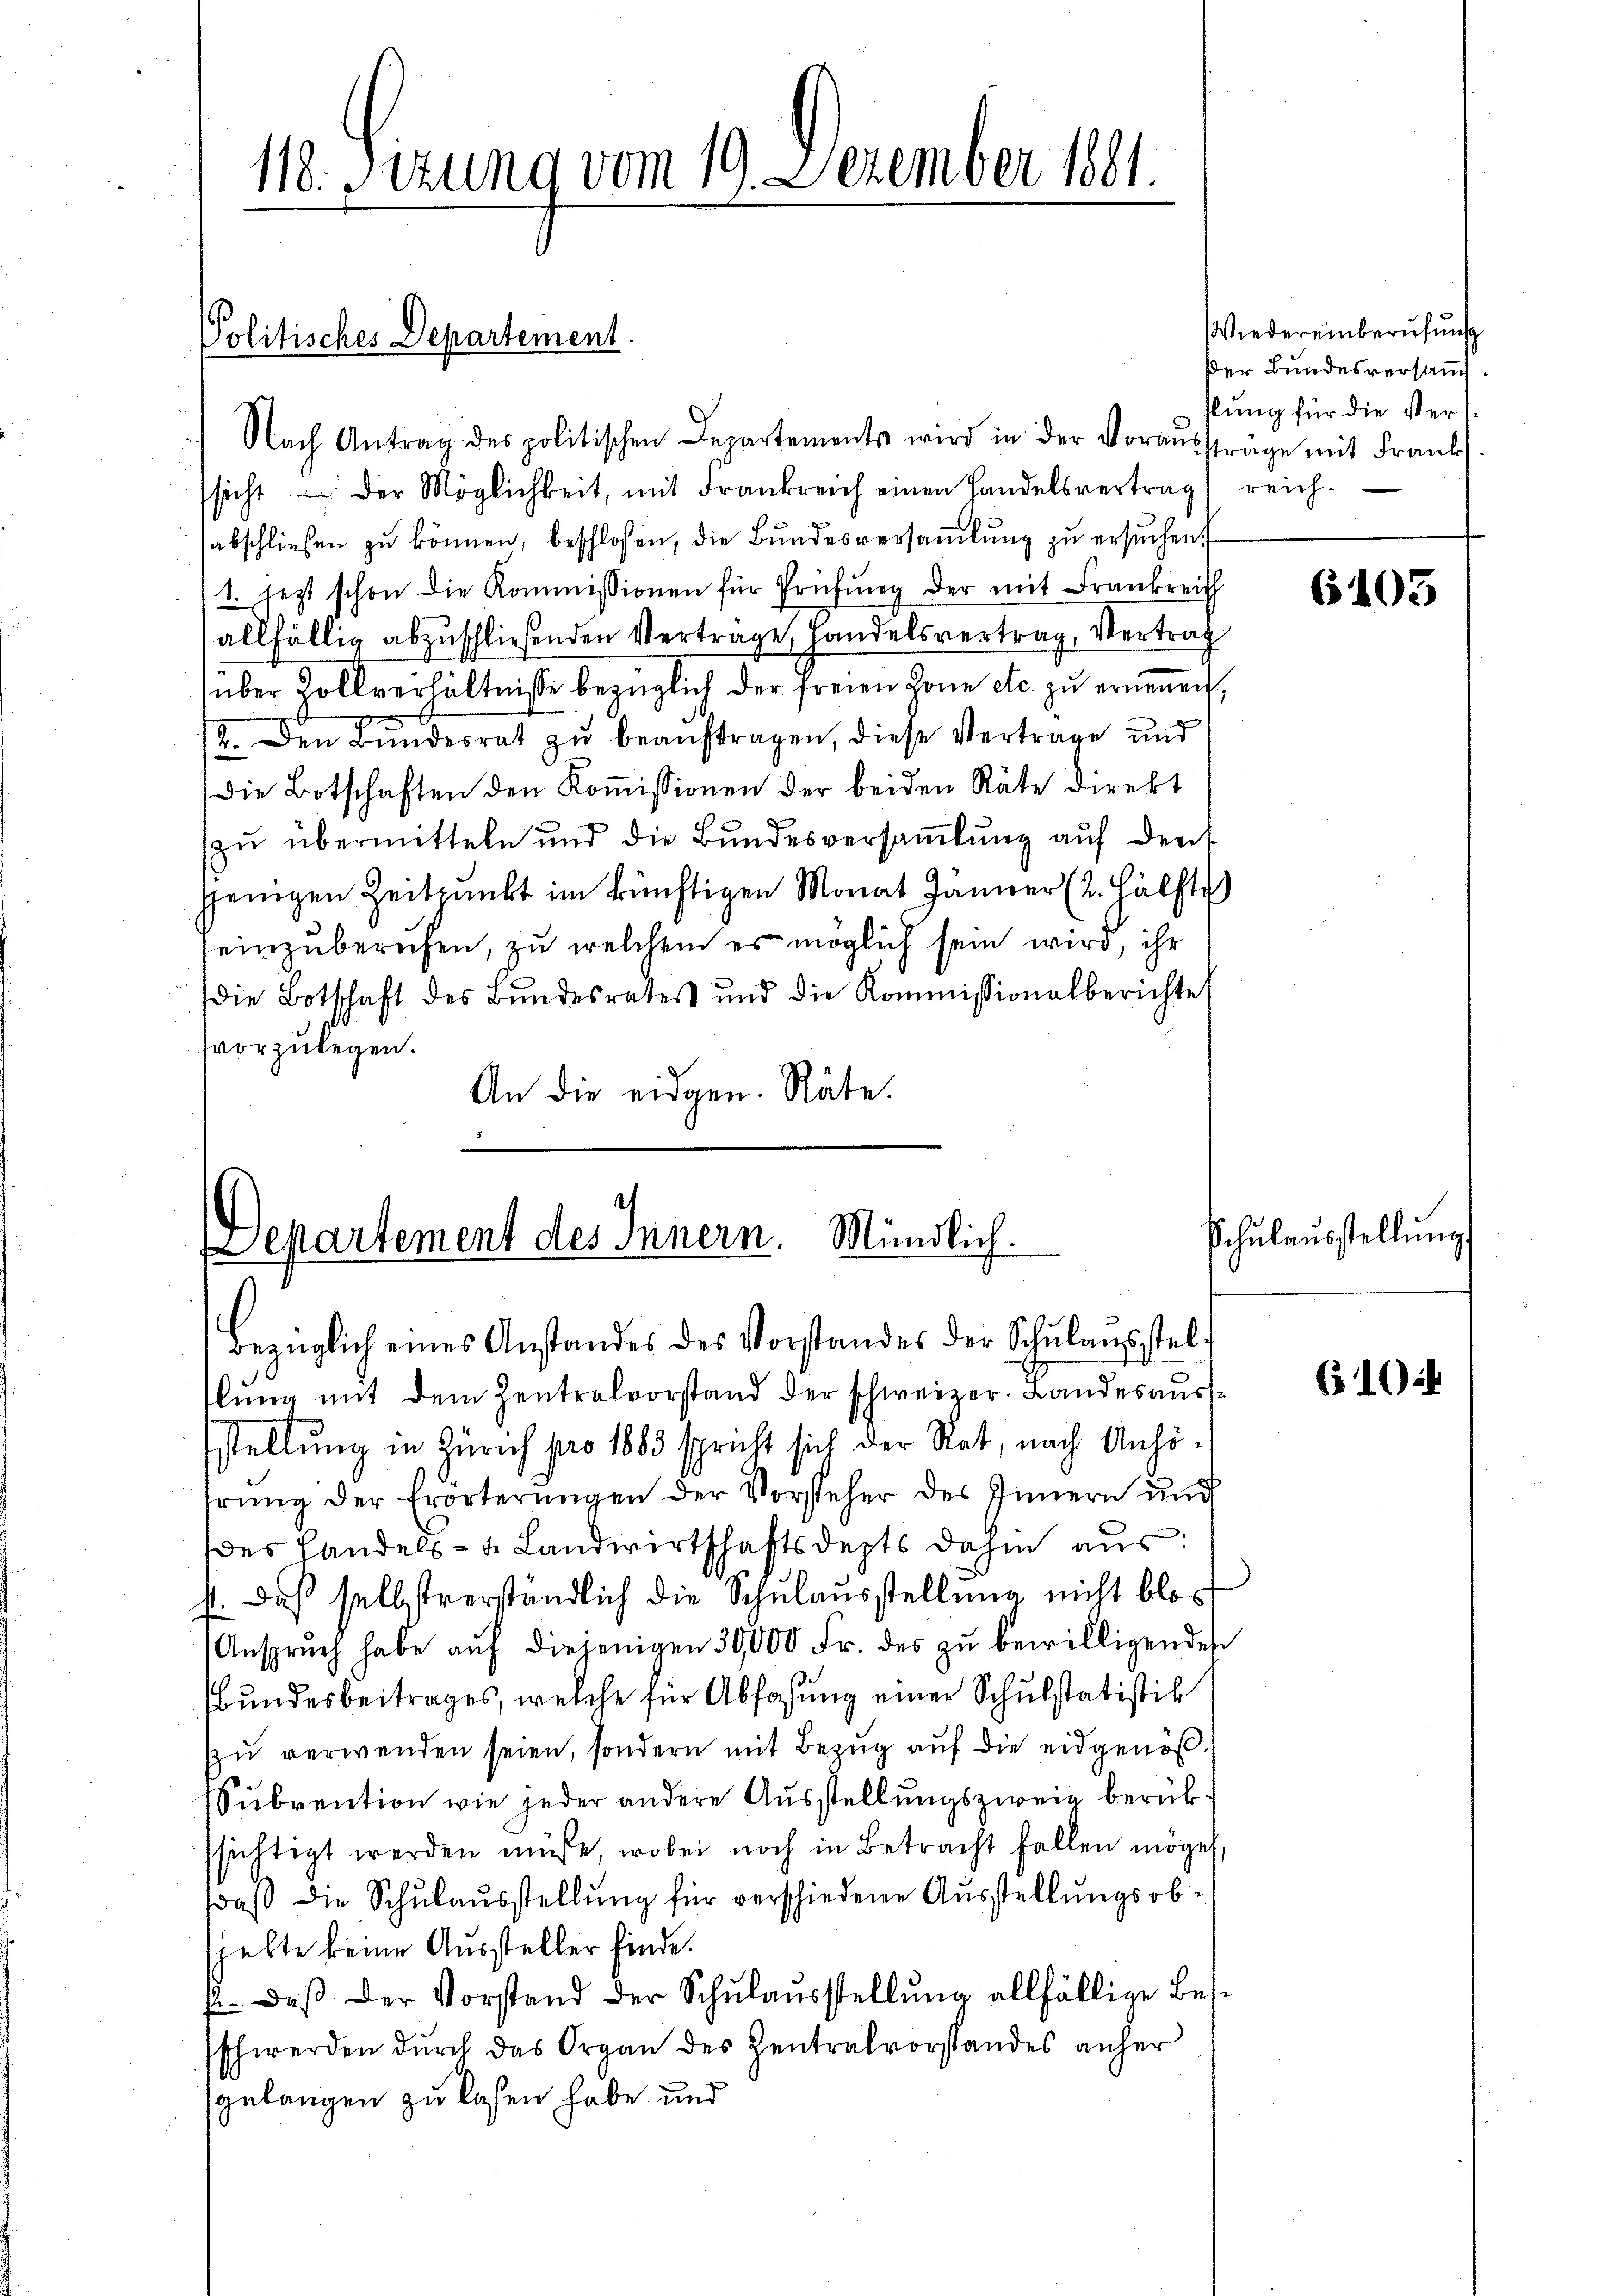
) Nach Antrag des politischen Departements wird in der Voraŭssträge mit Frank
sicht der Möglichkeit, mit Frankreich einen Handelsvertrag reich-
sabschließen zu können, beschlossen, die Bundesversammlung zu ersuchen.
1. jetzt schon die Kommissionen für Prüfung der mit Frankreich
allfällig abzuschließenden Verträge, Handelsvertrag, Vertrag
über Zollverhältnisse bezüglich der freien Zone etc. zu erneuen,
2. Den Bŭndesrat zŭ beaŭftragen, diese Vertrage und
Die Botschaften den Koṁissionen der beiden Räte direkt.
zŭ übermitteln und die Bŭndesversaṁlŭng aŭf dens
jenigen Zeitpunkt im künftigen Monat Jänner (2. Hälfte)
einzuberufen, zu welchem es möglich sein wird, ihr
die Botschaft des Bŭndesrates und die Kommissionalberichte
vvorzulegen.
An die eidgen. Räte.

118. Sizung vom 19. Dezember 1881.

Politisches Departement.

Es partement des Innern. Mündlich.
bezüglich eines Anstandes des Vorstandes der Schŭlansstel¬

lŭng mit dem Zentralvorstand der schweizer. Landesausstellung in Zürich pro 1883 spricht sich der Rat, nach Anhöhrŭng der Erörterŭngen der Vorsteher des Innern und
des Handels- u. Landwirtschaftsdepts dahin aus:
st. Daß selbstverständlich die Schulausstellung nicht blos
Ansprŭch habe aŭf diejenigen 30000 Fr. des zŭ bewilligenden
Bundesbeitrages, welche für Abfaßung einer Schulstatistik
zŭ verwenden seien, sondern mit Bezug auf die eidgenöß¬
Subrention wie jeder andere Ausstellungszweig berück
ssichtigt werden müsse, wobei noch in Betracht fallen mögen,
daβ die Schulausstellŭng für verschiedene Ausstellungsob-
spelte keine Aussteller finde.
p. daβ der Vorstand der Schŭlaŭsstellŭng allfällige Besschwerden durch das Organ des Zentralvorstandes anher
gelangen zu lassen habe und

Wiedereinberufung
Der Bundesversang
slung für die ster

6403

Schŭlaŭsstellŭng

610: